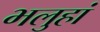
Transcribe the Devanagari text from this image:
भलुहां